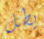
يطل